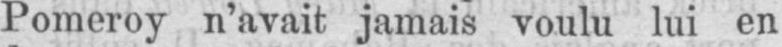
Pomeroy n’avait jamais voulu lui en